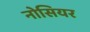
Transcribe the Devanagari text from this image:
नोसियर